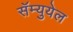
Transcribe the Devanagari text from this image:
सॅम्युयेल